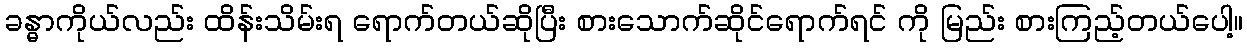
ခန္ဓာကိုယ်လည်း ထိန်းသိမ်းရ ရောက်တယ်ဆိုပြီး စားသောက်ဆိုင်ရောက်ရင် ကို မြည်း စားကြည့်တယ်ပေါ့။